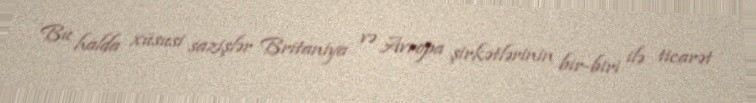
Bu halda xüsusi sazişlər Britaniya və Avropa şirkətlərinin bir-biri ilə ticarət